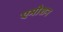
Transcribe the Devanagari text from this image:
एमोशन